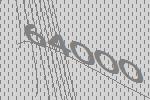
64000